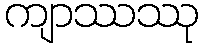
ကျာဿဿု